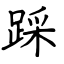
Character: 踩